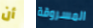
أن المسروقة